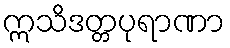
ဣသိဒတ္တပုရာဏာ